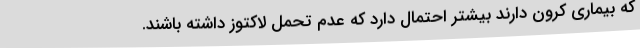
که بیماری کرون دارند بیشتر احتمال دارد که عدم تحمل لاکتوز داشته باشند.